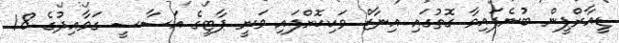
ޑީއާރްޕީން ބުނެފައިވާ ގޮތުގައި އިނާޒް ވަކިކޮށްފައި ވަނީ ޕާޓީގެ އަސާސީ ގަވާއިދުގެ 18